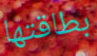
بطاقتها